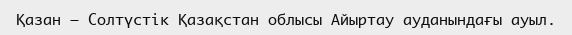
Қазан – Солтүстік Қазақстан облысы Айыртау ауданындағы ауыл.